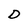
Character: D